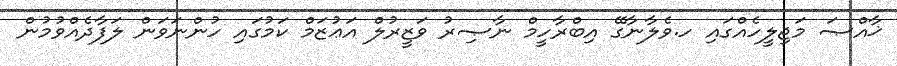
ޚާއްޞަ މަޖިލީހެއްގައި ހ.ވެލާނާގޭ އިބްރާހީމް ނާޞިރު ވަޒީރުލް އަޢުޒަމް ކަމުގައި ހުންނަވަން ލަފާދެއްވުމުން